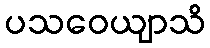
ပသဝေယျာသိ